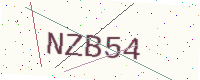
Text: NZB54